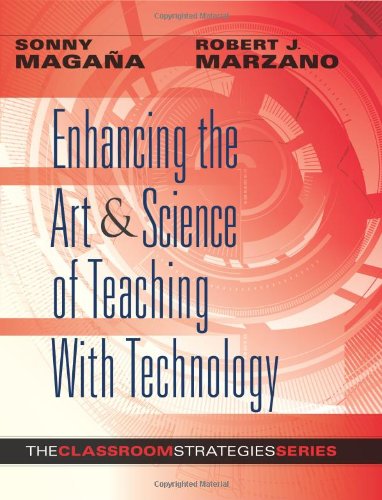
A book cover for Enhancing the Art & Science of Teaching With Technology (Classroom Strategies); Sonny Magana; Education & Teaching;